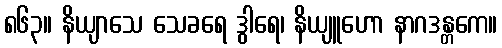
၈၆၃။ နိယျာသေ သေခရေ ဒွါရေ၊ နိယျူဟော နာဂဒန္တကေ။